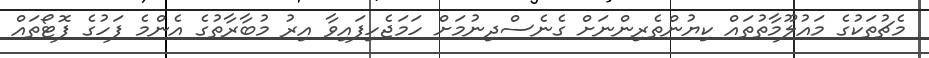
މެޗުތަކުގެ މައުލޫމާތުތައް ކިޔުންތެރިންނަށް ގެނެސްދިނުމަށް ހަމަޖެހިފައިވާ އިރު މުބާރާތުގެ އެންމެ ފަހުގެ ފޮޓޯތައް